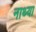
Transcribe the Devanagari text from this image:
नाथ्या